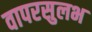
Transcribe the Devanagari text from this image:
वापरसुलभ